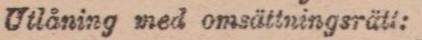
Utlåning med omsättningsrätt: